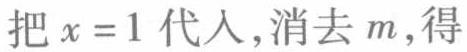
把\(x = 1\)代入，消去\(m\)，得